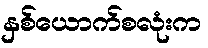
နှစ်ယောက်စလုံးက